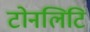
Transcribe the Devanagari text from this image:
टोनलिटि